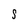
Character: S